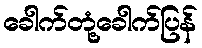
ခေါက်တုံ့ခေါက်ပြန်